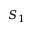
S _ { 1 }